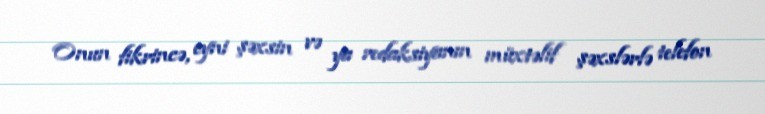
Onun fikrincə, eyni şəxsin və ya redaksiyanın müxtəlif şəxslərlə telefon